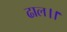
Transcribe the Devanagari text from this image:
ढाल।।